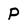
Character: P